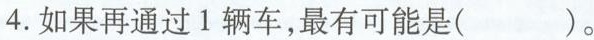
4.如果再通过1辆车，最有可能是( )。